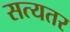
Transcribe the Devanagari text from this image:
सत्यतर